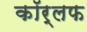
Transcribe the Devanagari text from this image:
कॉर्लफ